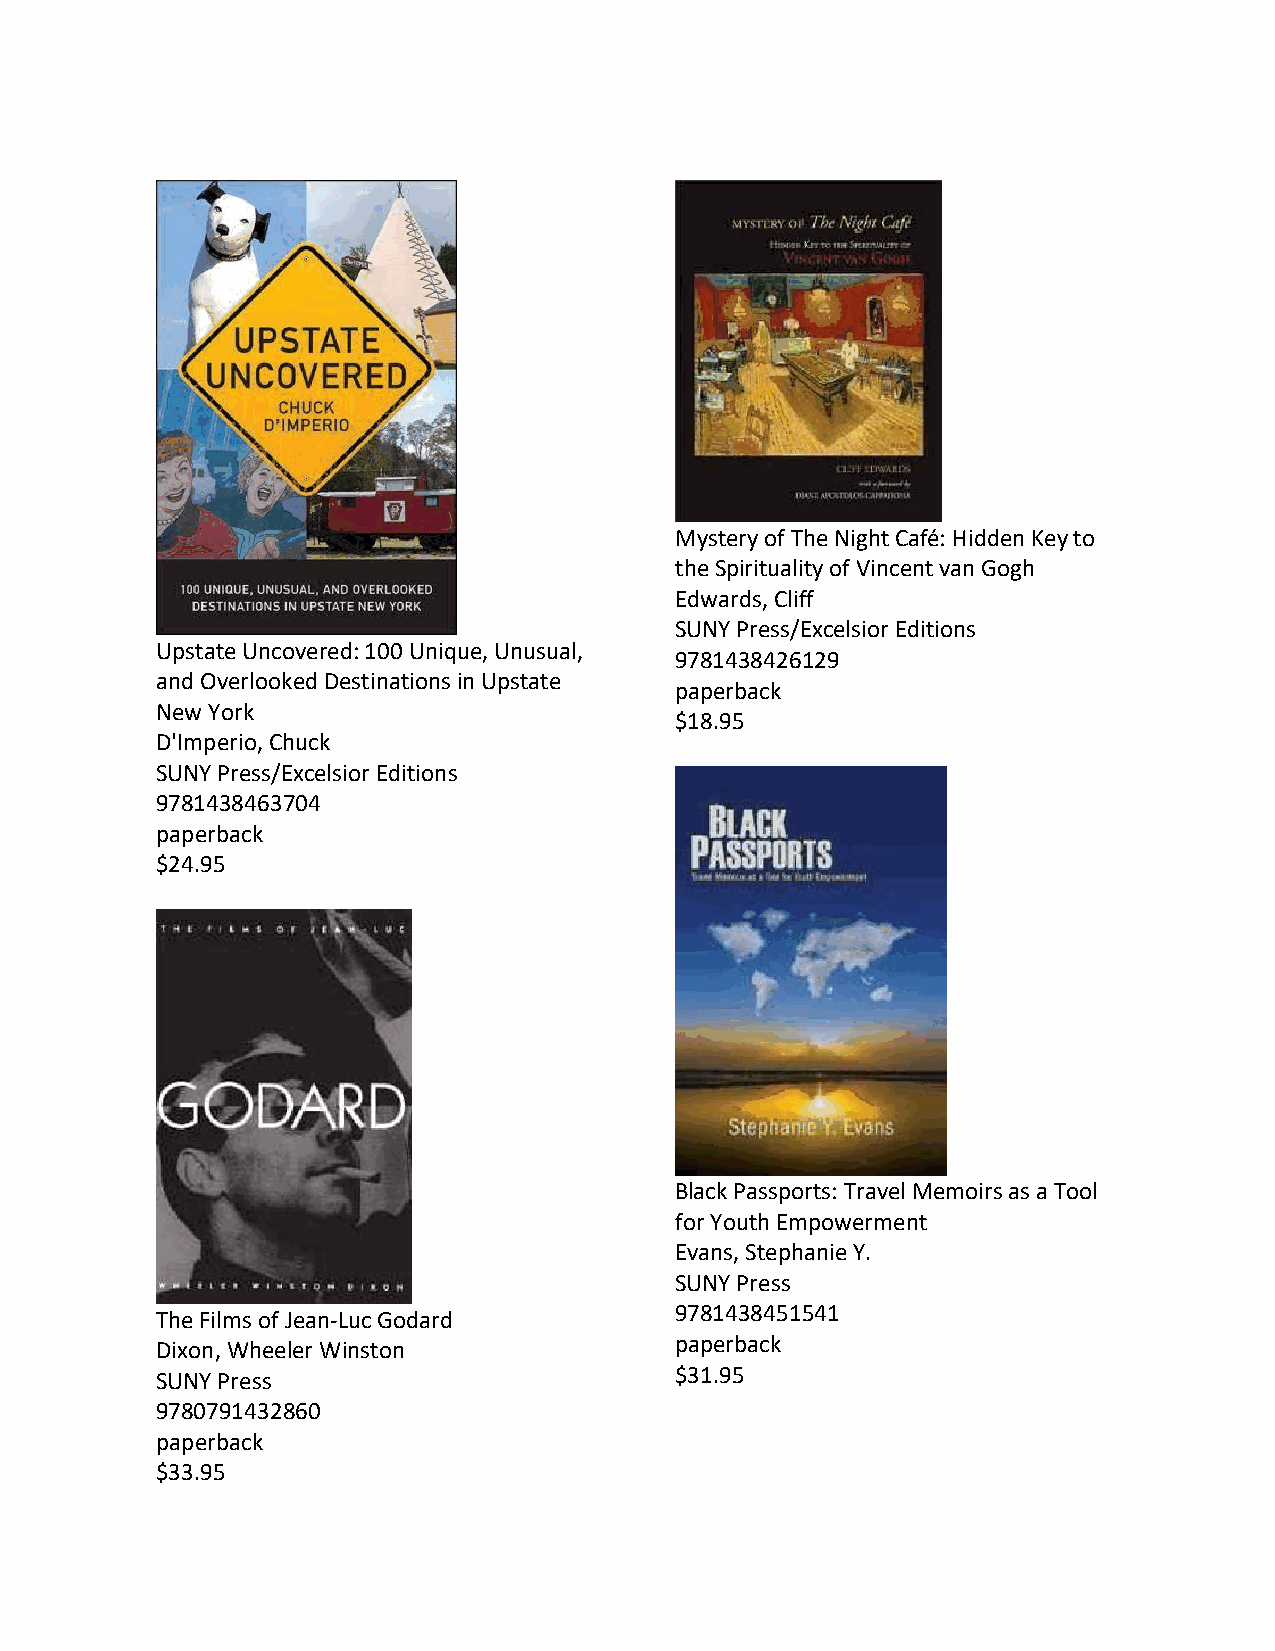
Mystery of The Night Café: Hidden Key to
 the Spirituality of Vincent van Gogh
 Edwards, Cliff
 SUNY Press/Excelsior Editions
 Upstate Uncovered: 100 Unique, Unusual,
 9781438426129
 and Overlooked Destinations in Upstate
 paperback
 New York
 $18.95
 D'Imperio, Chuck
 SUNY Press/Excelsior Editions
 9781438463704
 paperback
 $24.95
 Black Passports: Travel Memoirs as a Tool
 for Youth Empowerment
 Evans, Stephanie Y.
 SUNY Press
 9781438451541
 The Films of Jean-Luc Godard
 Dixon, Wheeler Winston             paperback
 SUNY Press                         $31.95
 9780791432860
 paperback
 $33.95